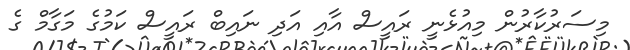
މިސަރުކާރުން މިއުޅެނީ ރައީސް އާއި އަދި ނައިބް ރައީސް ކަމުގެ މަގާމް ގެ